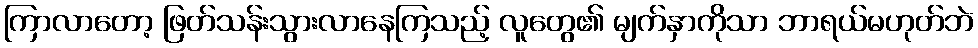
ကြာလာတော့ ဖြတ်သန်းသွားလာနေကြသည့် လူတွေ၏ မျက်နှာကိုသာ ဘာရယ်မဟုတ်ဘဲ